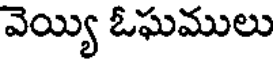
వెయ్యి ఓఘములు